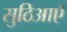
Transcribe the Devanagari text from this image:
सुठिआएँ